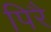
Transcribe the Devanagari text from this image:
पिरै